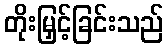
တိုးမြှင့်ခြင်းသည်